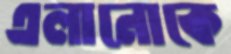
এলানোকে